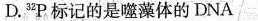
D.^{32}P标记的是噬藻体的DNA